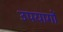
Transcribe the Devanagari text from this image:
उपयागों